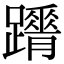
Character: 𨇋